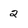
Character: 2